38_143685_box_Incident_Summaries_101-172
Agency: Department of War
Page 51
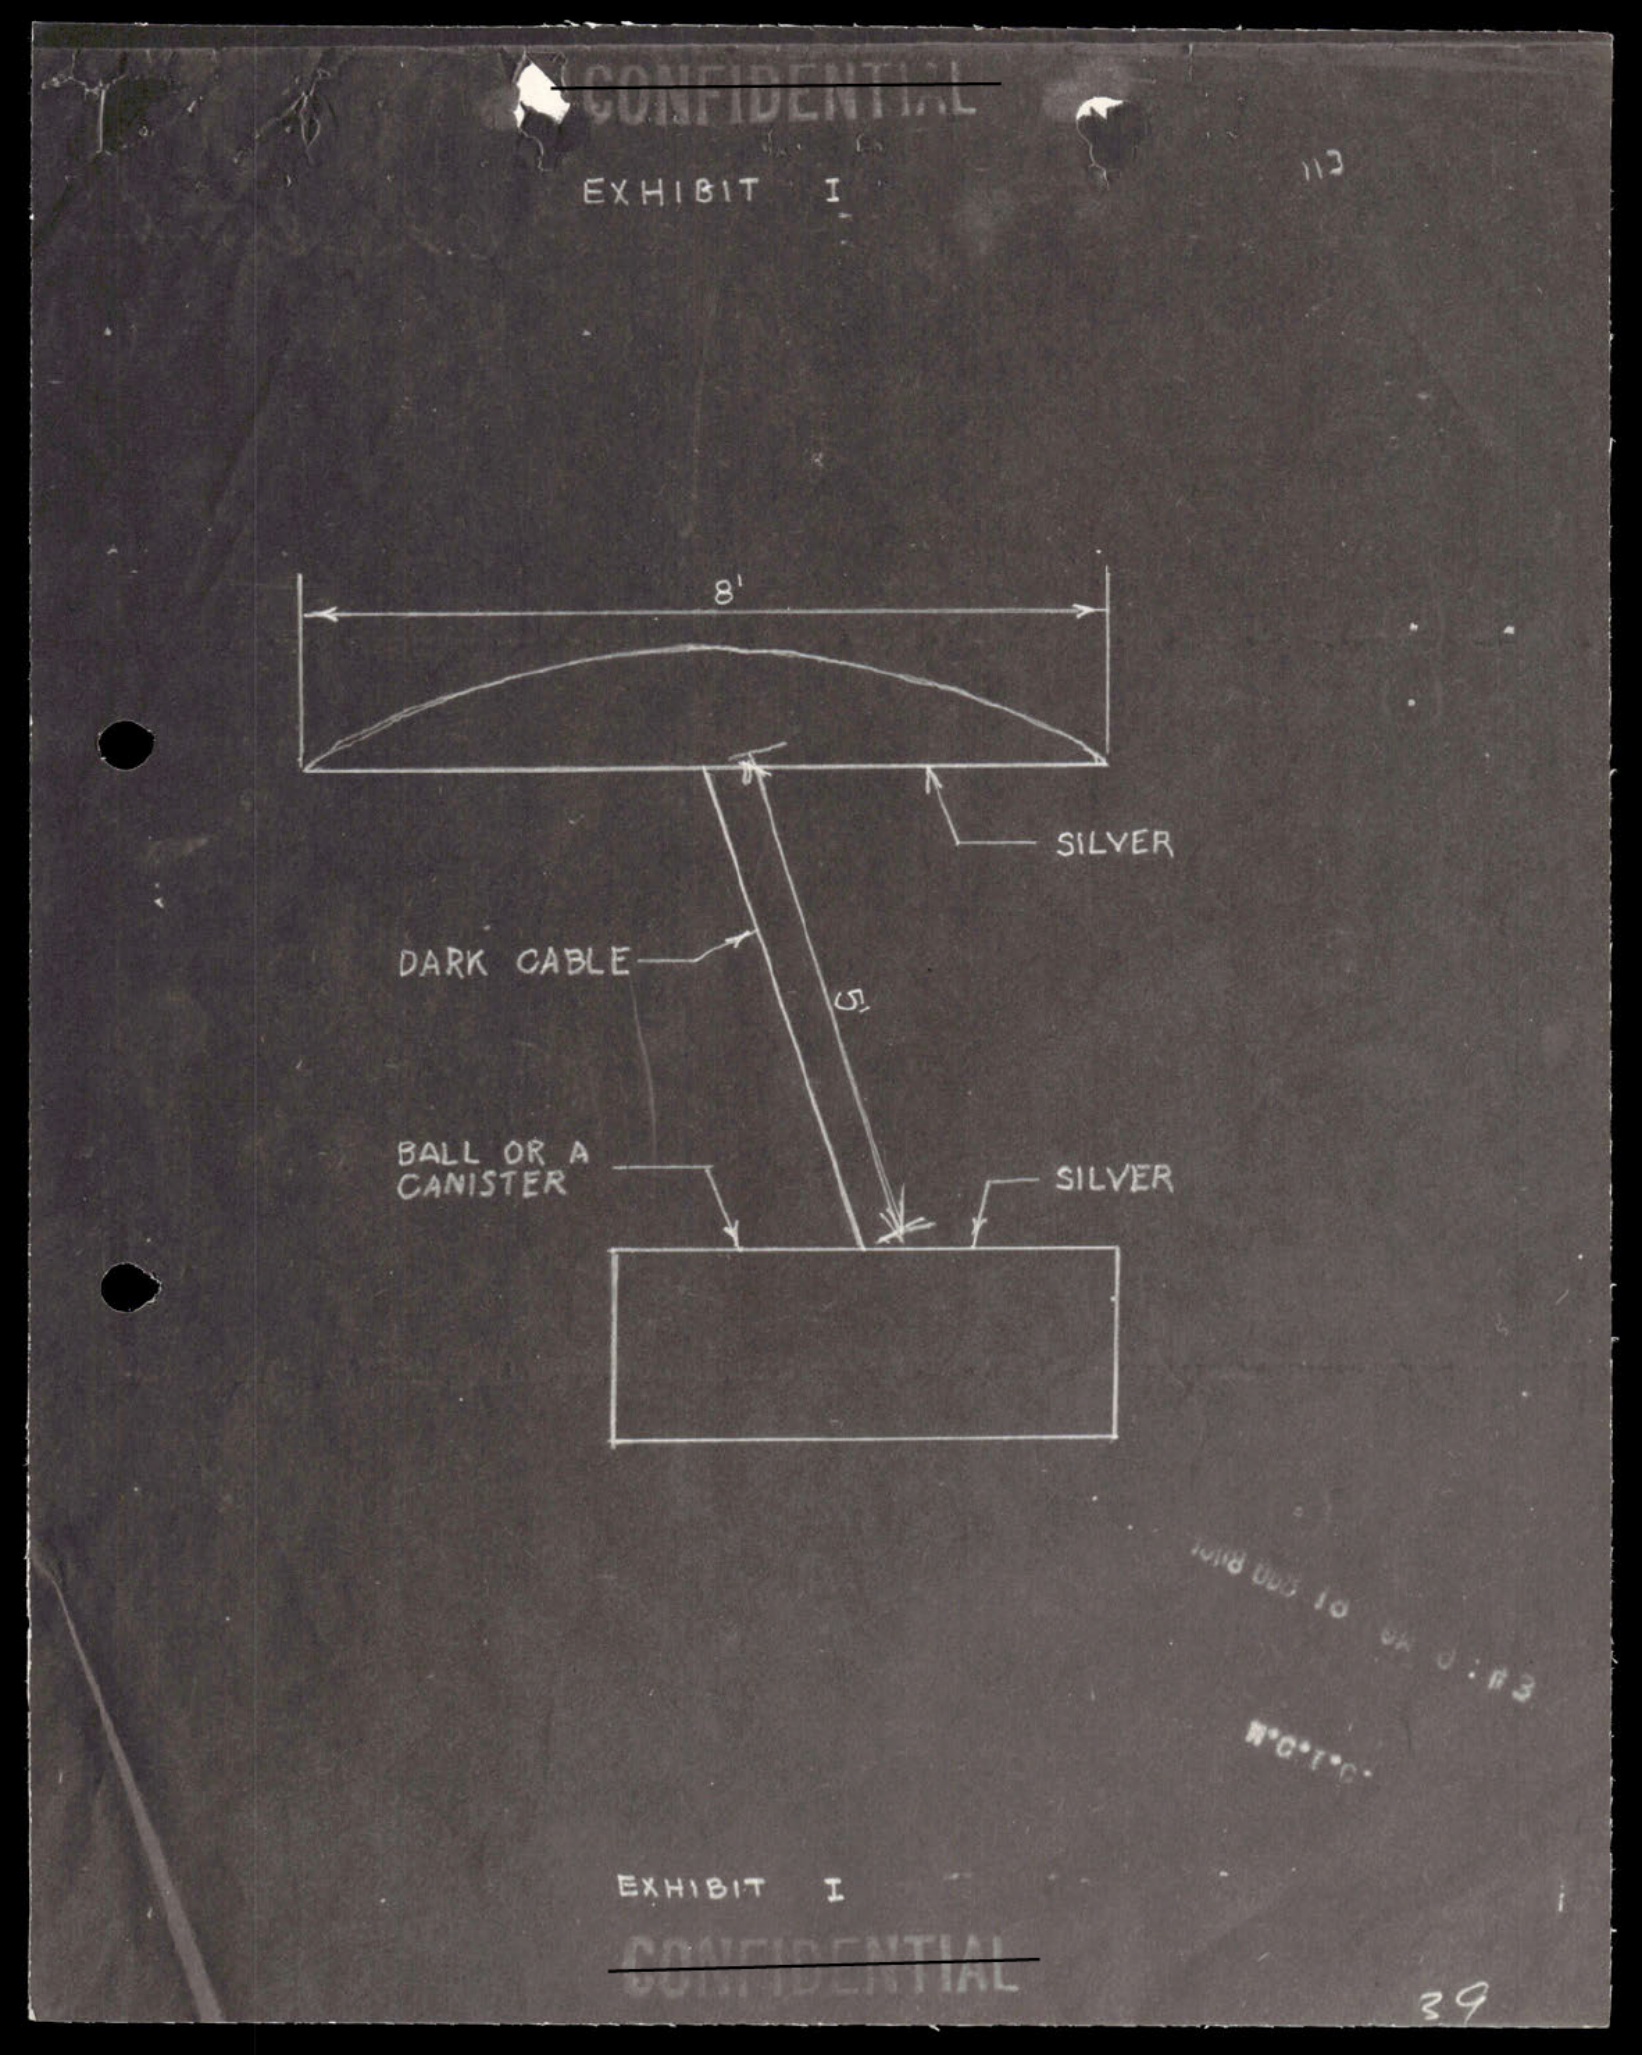